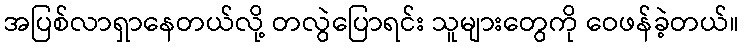
အပြစ်လာရှာနေတယ်လို့ တလွဲပြောရင်း သူများတွေကို ဝေဖန်ခဲ့တယ်။